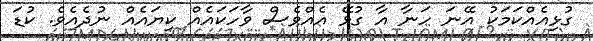
ގުޅިއެއްކަމަކު އޭނަ ހަނާ އާ ގުޅޭ އެއްވެސް ވާހަކައެއް ކިޔައެއް ނުދެއެވެ. ކުޑަ